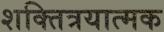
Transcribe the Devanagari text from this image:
शक्तित्रयात्मक